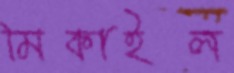
মিকাইল